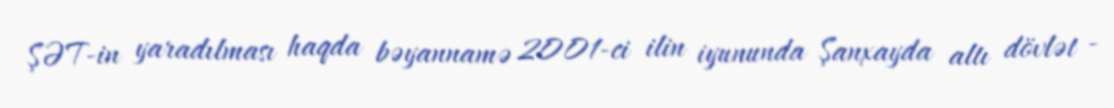
ŞƏT-in yaradılması haqda bəyannamə 2001-ci ilin iyununda Şanxayda altı dövlət -